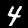
Label: 4